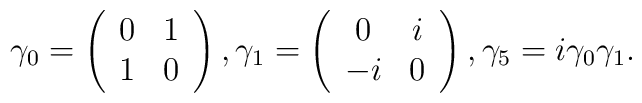
\gamma _{0}=\left( \begin{array}{cc}0 & 1 \\ 1 & 0\end{array}\right) ,\gamma _{1}=\left( \begin{array}{cc}0 & i \\ -i & 0\end{array}\right) ,\gamma _{5}=i\gamma _{0}\gamma _{1}.